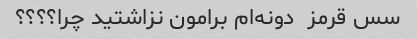
سس قرمز  دونه‌ام برامون نزاشتید چرا؟؟؟؟